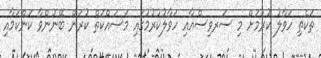
ތަކެތި ހަވާލު ކުރުމަށް މި ސަރވިސްއާއި ހަވާލުކުރުމުގައި މަސައްކަތް ކުރަން ބޭނުންވާ ކަންކަމާއި